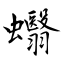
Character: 蠮